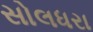
સોલધરા